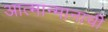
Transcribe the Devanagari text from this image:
आत्मान्मानाची